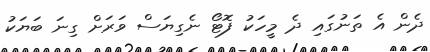
ދެން އެ ތަނުގައި ދެ މީހަކު ފޮޓޯ ނެގިޔަސް ވަރަށް ގިނަ ބަޔަކު